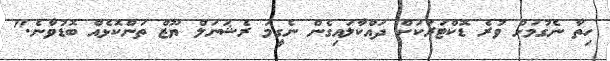
ހިތާ ނެގުމަށް ވުރެ ޑޮކްޓަރަކަށް ދައްކާލައިގެން ނެގީމަ ރެޝަނަލް ޔޫޒް ތަންކޮޅެއް ބޮޑުވާނެ."